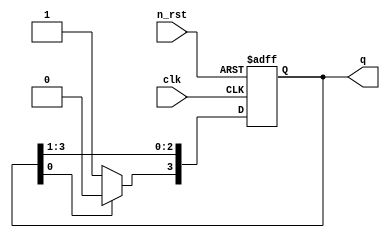
module johnson(
    input clk,
    input n_rst,
    output [3:0] q
);

reg [3:0] q_out;

assign q = q_out;


always @(posedge clk or negedge n_rst) begin
    if(!n_rst)
        q_out <= 4'h0;
    else if (q_out[0] == 1'b0)
    begin
        q_out = q_out >> 1;
        q_out[3] <= 1'h1;
    end
    else 
    begin
        q_out = q_out >> 1;
        q_out[3] <= 1'h0;
    end
end


endmodule